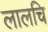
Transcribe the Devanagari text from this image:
लालचि